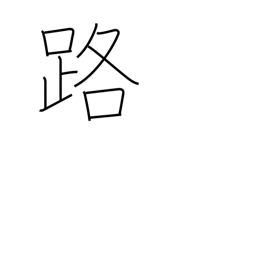
Meaning: path